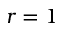
r = 1